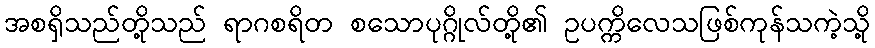
အစရှိသည်တို့သည် ရာဂစရိတ စသောပုဂ္ဂိုလ်တို့၏ ဥပက္ကိလေသဖြစ်ကုန်သကဲ့သို့